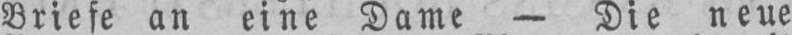
Briefe an eine Dame - Die neue